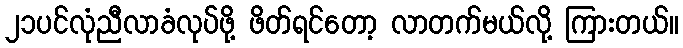
၂၁ပင်လုံညီလာခံလုပ်ဖို့ ဖိတ်ရင်တော့ လာတက်မယ်လို့ ကြားတယ်။